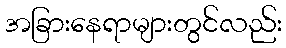
အခြားနေရာများတွင်လည်း